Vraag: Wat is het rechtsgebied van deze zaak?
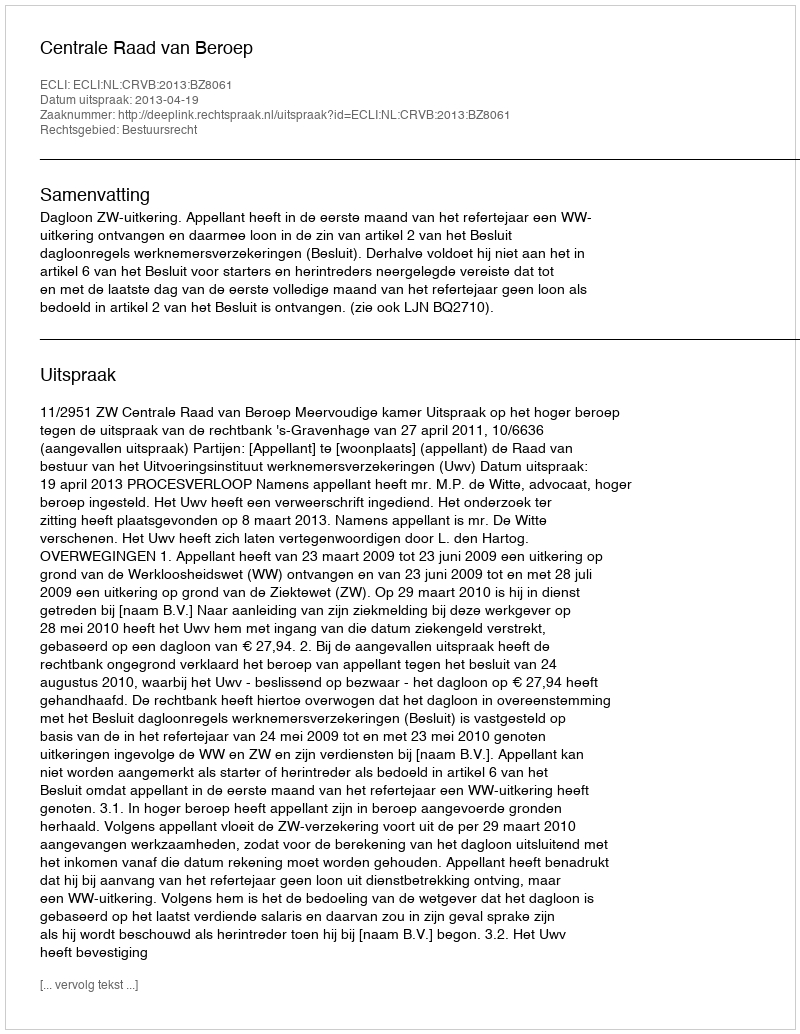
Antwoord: Bestuursrecht